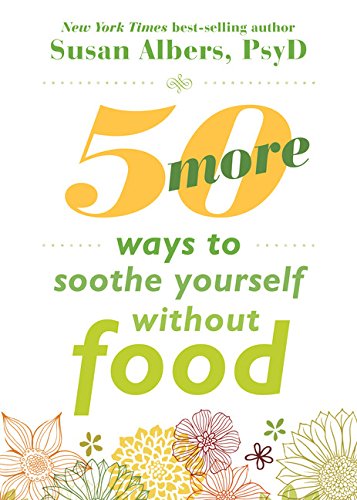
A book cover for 50 More Ways to Soothe Yourself Without Food: Mindfulness Strategies to Cope with Stress and End Emotional Eating; Susan Albers; Self-Help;